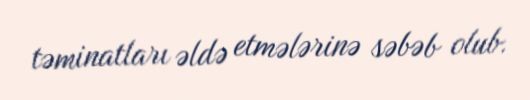
təminatları əldə etmələrinə səbəb olub.